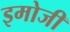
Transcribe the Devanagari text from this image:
इमोजी